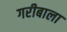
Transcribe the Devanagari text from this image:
गरीबाला